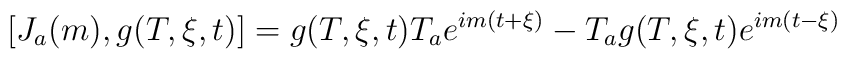
[J_a(m), g(T,\xi,t)] = g(T,\xi,t) T_a e^{im(t+\xi)} - T_a g(T,\xi,t)e^{im(t-\xi)}